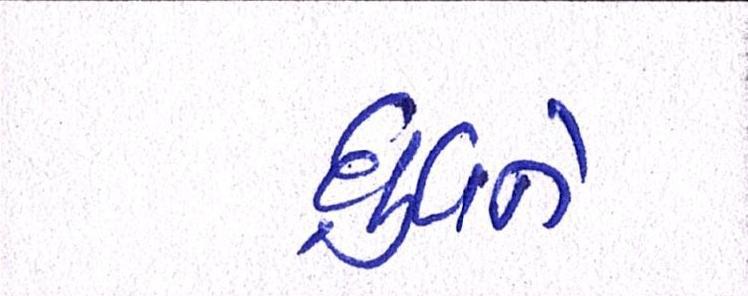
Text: ધ્રુવને